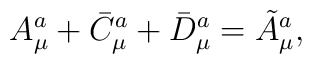
A^a_{\mu} + \bar{C}^a_{\mu} + \bar{D}^a_{\mu} = \tilde{A}^a_{\mu},